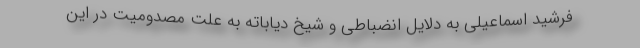
فرشید اسماعیلی به دلایل انضباطی و شیخ دیاباته به علت مصدومیت در این